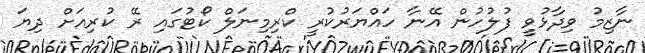
ނާޒިމު ވިދާޅުވީ ފުލުހުން އޭނާ ހައްޔަރުކުރީ ކްރިމިނަލް ކޯޓުގައި ރޭ ކުރިއަށް ދިޔަ